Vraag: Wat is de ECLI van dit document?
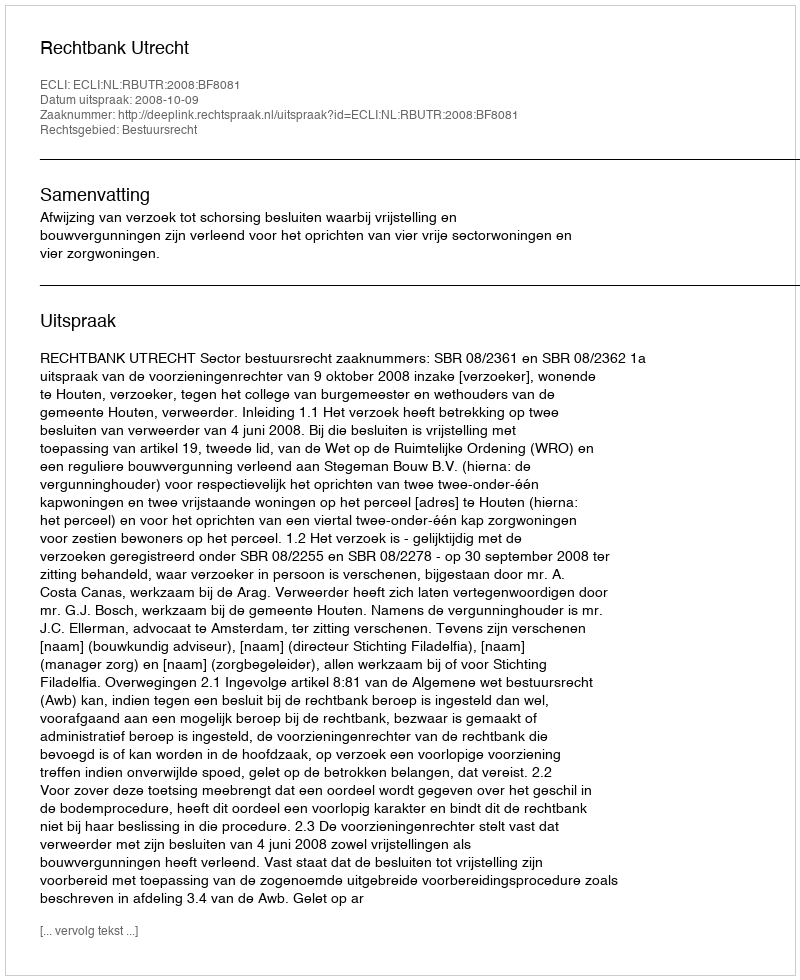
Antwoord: ECLI:NL:RBUTR:2008:BF8081